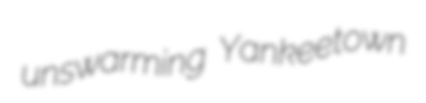
unswarming Yankeetown